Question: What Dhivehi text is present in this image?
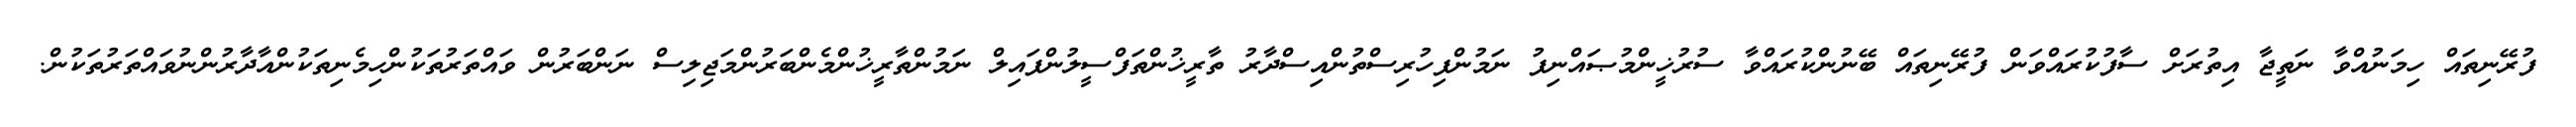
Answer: ފުރޭނިތައް ހިމަނުއްވާ ނަތީޖާ އިތުރަށް ސާފުކުރައްވަން ފުރޭނިތައް ބޭނުންކުރައްވާ ސުރުޚީންމުޞައްނިފު ނަމުންފިހުރިސްތުންއިސްދާރު ތާރީޚުންތަފްސީލުންފައިލް ނަމުންތާރީޚުންމެންބަރުންމަޖިލިސް ނަންބަރުން ވައްތަރުތަކުންހިމެނިތަކުންއާދާރުންނުވައްތަރުތަކުން.